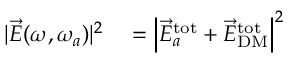
\begin{array} { r l } { | \vec { E } ( \omega , \omega _ { a } ) | ^ { 2 } } & { { } = \left| \vec { E } _ { a } ^ { \mathrm { t o t } } + \vec { E } _ { \mathrm { D M } } ^ { \mathrm { t o t } } \right| ^ { 2 } \, } \end{array}